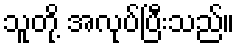
သူတို့ အလုပ်ပြီးသည်။